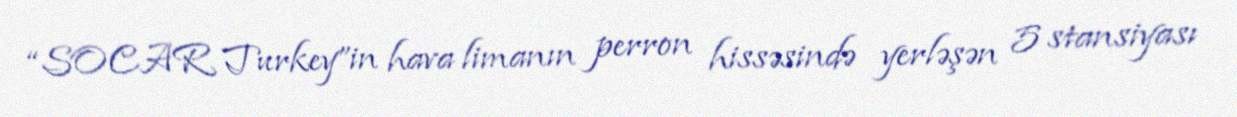
“SOCAR Turkey”in hava limanın perron hissəsində yerləşən 5 stansiyası